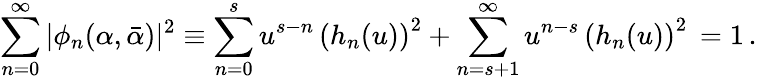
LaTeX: \displaystyle\sum_{n=0}^{\infty}\vert\phi_{n}(\alpha,\bar{\alpha})\vert^{2}\equiv\displaystyle\sum_{n=0}^{s}u^{s-n}\, \left(h_{n}(u)\right)^{2}+\sum_{n=s+1}^{\infty}u^{n-s}\, \left(h_{n}(u)\right)^{2}\, =1\, .